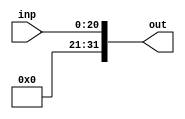
`timescale 1ns / 1ps
//////////////////////////////////////////////////////////////////////////////////
// Company: 
// Engineer: 
// 
// Design Name: 
// Module Name: Sign_ext2
// Project Name: 
// Target Devices: 
// Tool Versions: 
// Description: 
// 
// Dependencies: 
// 
// Revision:
// Revision 0.01 - File Created
// Additional Comments:
// 
//////////////////////////////////////////////////////////////////////////////////


module Sign_ext2(
    input [20:0] inp,
    output [31:0] out
    );
    assign out = {11'b0, inp};
endmodule